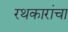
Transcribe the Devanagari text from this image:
रथकारांचा